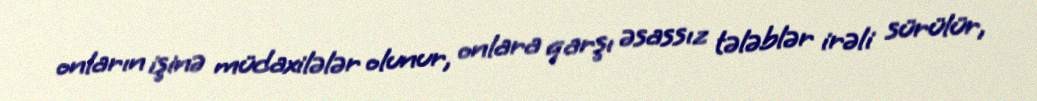
onların işinə müdaxilələr olunur, onlara qarşı əsassız tələblər irəli sürülür,